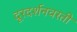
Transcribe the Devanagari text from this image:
दूरदर्शनवरती